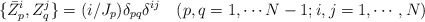
\begin{align*}\{\bar Z^i_p, Z^j_q\}=(i/J_p)\delta_{pq}\delta^{ij}\quad (p,q=1,\cdots N-1;i,j=1,\cdots,N)\end{align*}